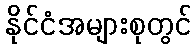
နိုင်ငံအများစုတွင်